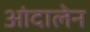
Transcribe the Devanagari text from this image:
आंदालेन